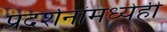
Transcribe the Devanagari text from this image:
प्रदर्शनांमध्येही